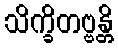
သိက္ခိတဗ္ဗန္တိ